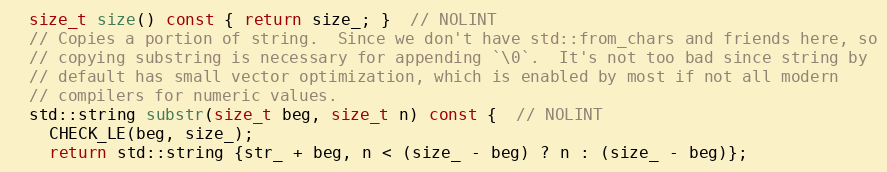
Language: C
  size_t size() const { return size_; }  // NOLINT
  // Copies a portion of string.  Since we don't have std::from_chars and friends here, so
  // copying substring is necessary for appending `\0`.  It's not too bad since string by
  // default has small vector optimization, which is enabled by most if not all modern
  // compilers for numeric values.
  std::string substr(size_t beg, size_t n) const {  // NOLINT
    CHECK_LE(beg, size_);
    return std::string {str_ + beg, n < (size_ - beg) ? n : (size_ - beg)};